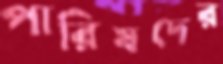
পারিষদের